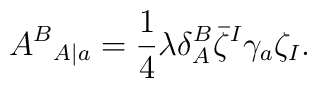
{A^B}_{A|a}={1\over 4}\lambda\delta_A^B\bar\zeta^I\gamma_a\zeta_I.